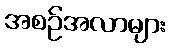
အစဉ်အလာများ